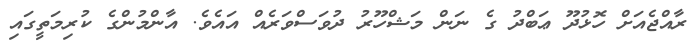
ރާއްޖެއަށް ހޮޅުދޫ ޢަބްދު ގެ ނަން މަޝްހޫރު ދުވަސްވަރެއް އައެވެ. އާންމުންގެ ކުރިމަތީގައި